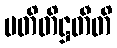
ပတိတိဋ္ဌတီတိ